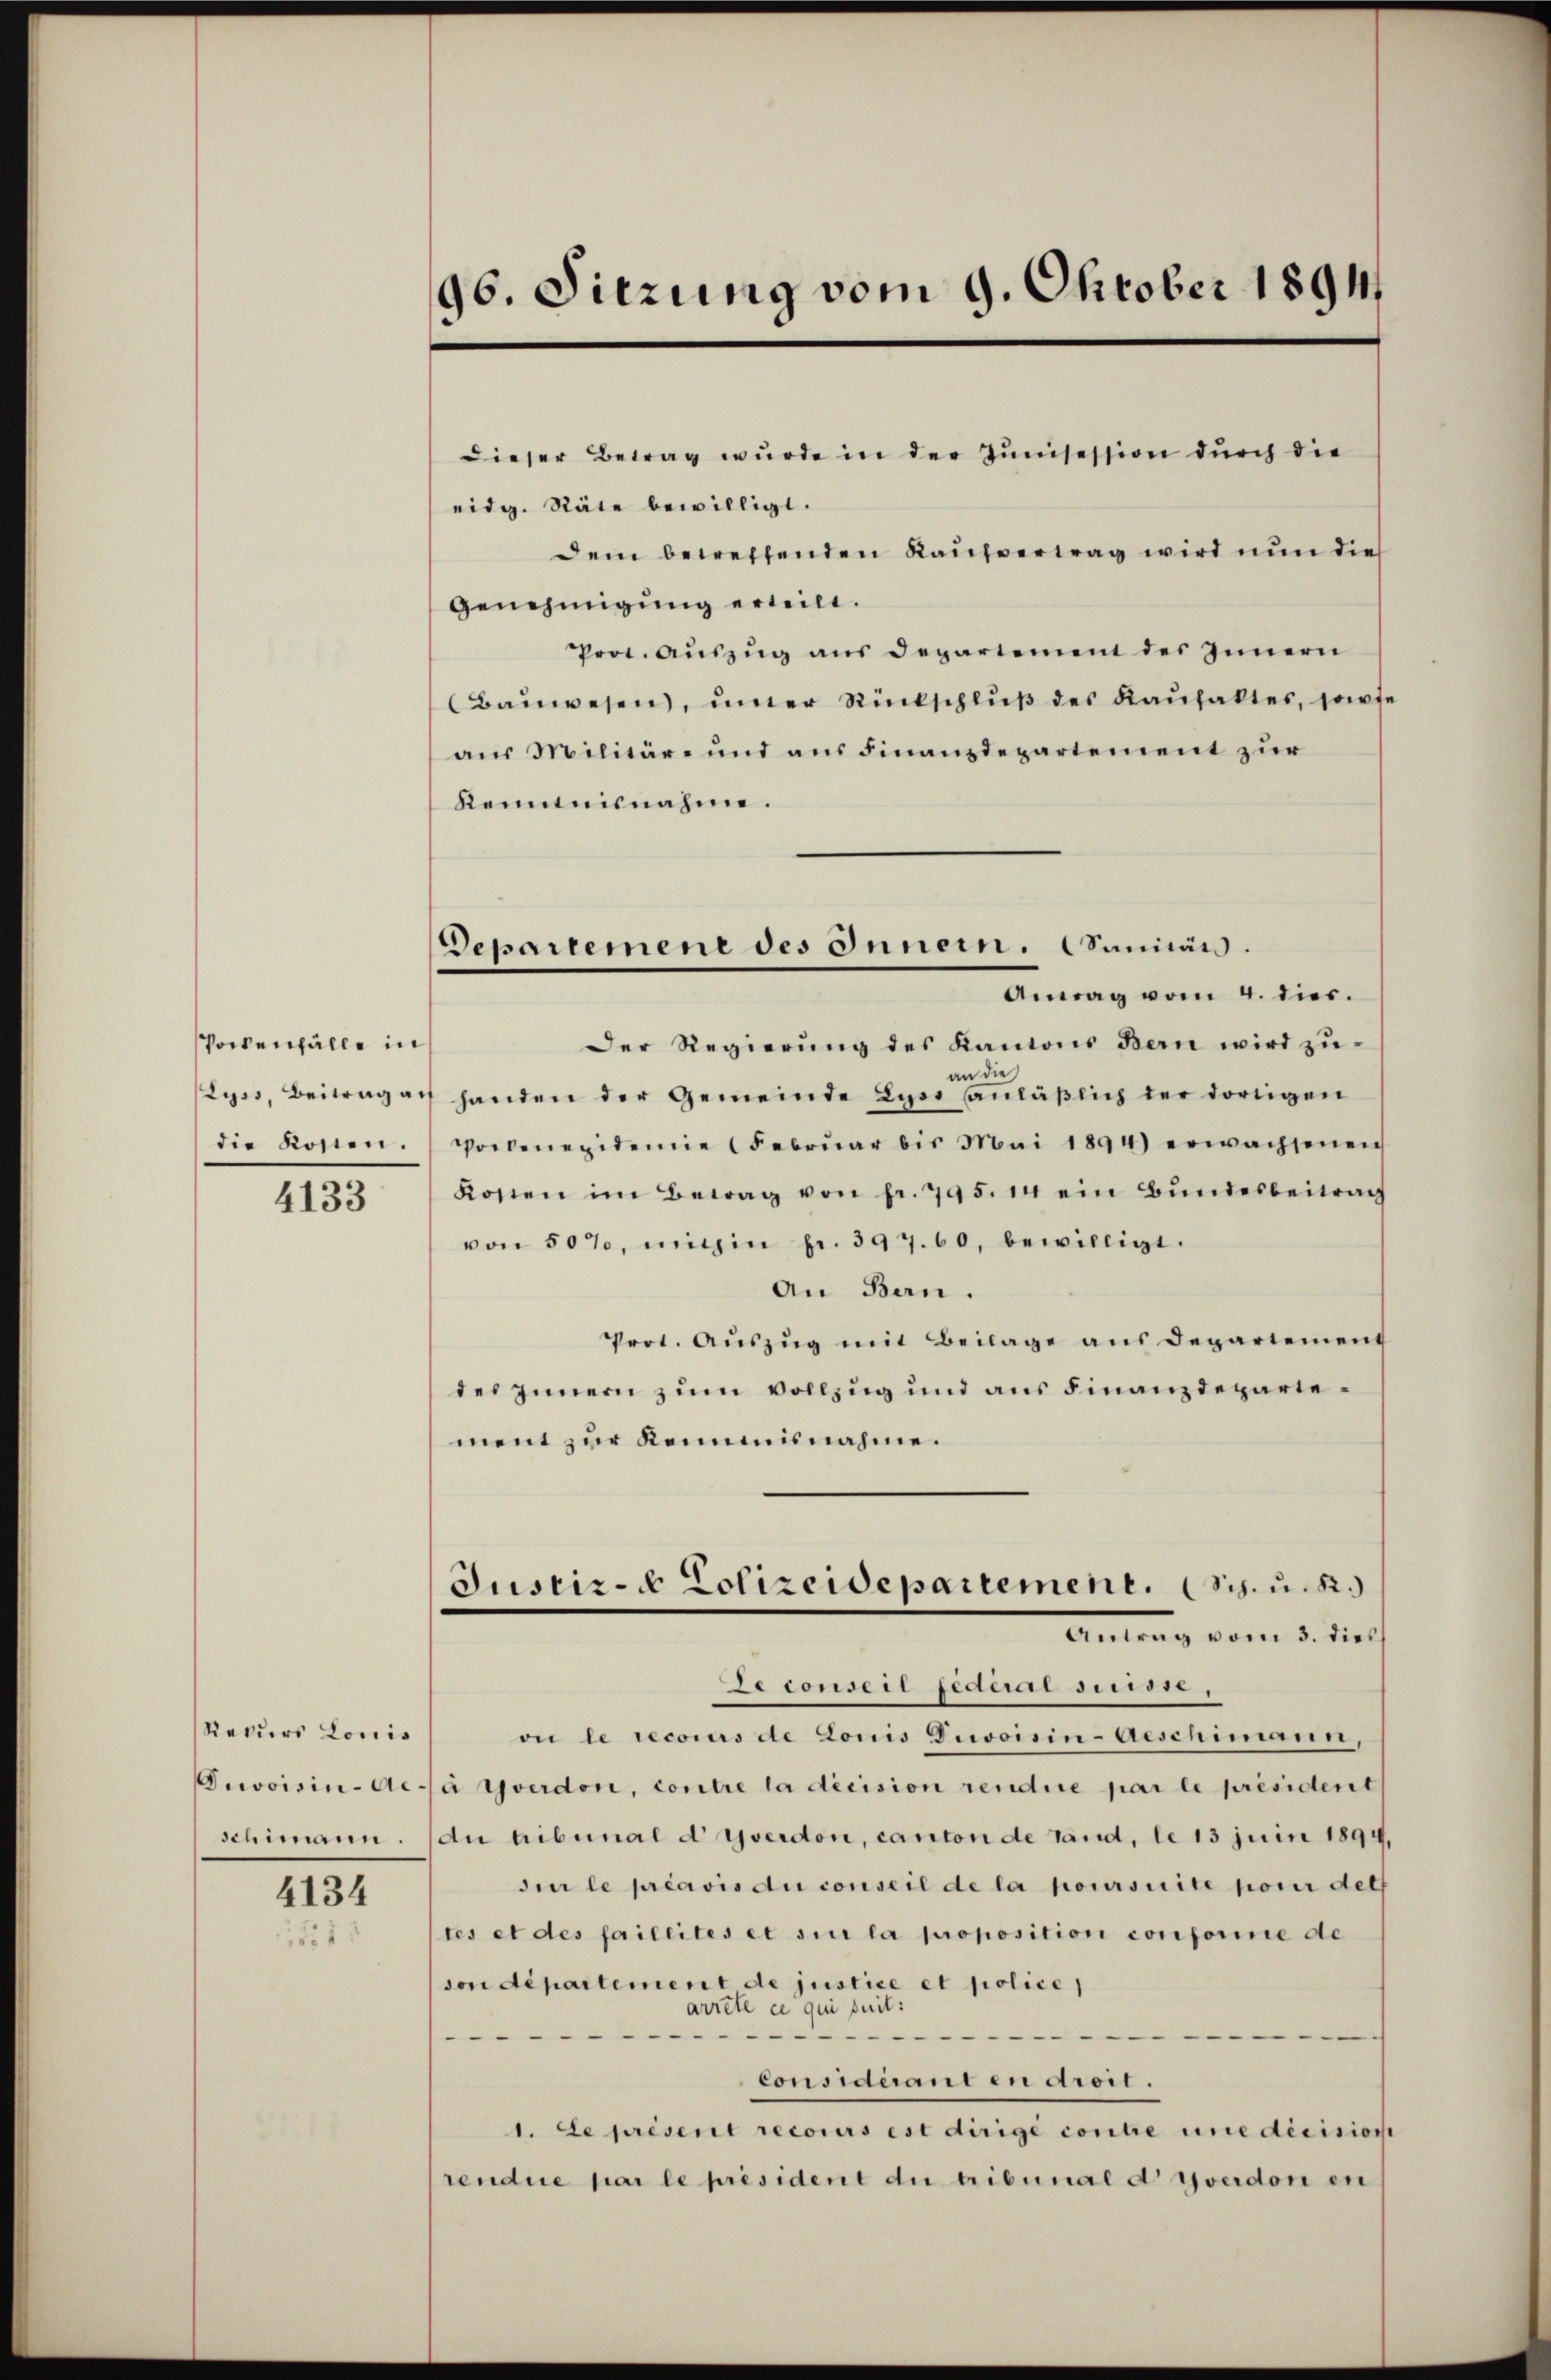
Pockenfälle in
die Kosten.

4133

Rekurs Louis

4134
1551

96. Sitzung vom 9. Oktober 1891

Departemene des Innern. Suniän.
Antag vom 4. dies.

dieser Betrag wurde in der Junisession durch die
eidg. Räte bewilligt.
dem betreffenden Kaufvertrag wird nun dies
Genehmigung erteilt.
Prot. Auszug aus Departement des Innern
(Bauwesen, uner Rückschluß des Kaufaktes, sowie
aus Militär- und aus Finanzdepartement zur
kenntnisnahme.
Der Regierung des Kantons Bern wird zuan die
Lyss, Beitrag auf handen der Gemeinde Lyss anläβlich der dortigen
Porbenexidemie (Febrŭar bis Mai 1894) erwachsenen
Kosten im Betrag von fr. 795. 14 ein Bŭndesbeitrag
von 50%, mithin pr. 397. 60, bewilligt.
An Bern.
Prot. Auszug mit Beilage aus Departement
des Innern zum vollzug und aus Finanzdepartement zur Keimisnahme.
Justiz- & Polizeidepartement. (Sch. u. R.)
Antrag vom 3. die
2 conseil jederar dies 18.
on le recors de Lonis Divoisin-Aeschimann,
Proisin-Aca Yverdon, contre la decision rendire par le président
schimann. (du hibunal d Yverdon, canton de land, le 13 Juin 1894,
din le préavis au conseil de la poursuite pour dett
tes et des faillites et sie la proposition conforire de
von departement de justice et police
arrête ce qui suit:

Considérant en droit.
1. Le présent recours est dirigé contre une décision
rendue par le président du tribunal d Yverdon en